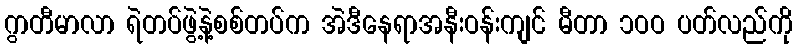
ဂွာတီမာလာ ရဲတပ်ဖွဲ့နဲ့စစ်တပ်က အဲဒီနေရာအနီးဝန်းကျင် မီတာ ၁ဝဝ ပတ်လည်ကို